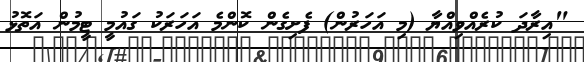
"އިރާދަ ކުރެއްވިއްޔާ (މި އަހަރުން) ފެށިގެން ކޮންމެ އަހަރަކު ގައުމީ ޓީމުން އަތޮޅު